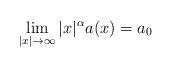
LaTeX: \begin{align*} \lim_{|x|\to \infty} |x|^{\alpha} a(x) = a_0\end{align*}